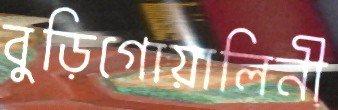
বুড়িগোয়ালিনী